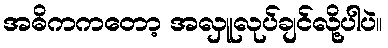
အဓိကကတော့ အလှူလုပ်ချင်လို့ပါပဲ။